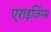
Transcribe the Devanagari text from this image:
एराइजिंग्स